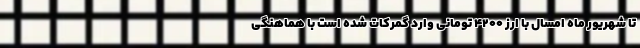
تا شهریور ماه امسال با ارز ۴۲۰۰ تومانی وارد گمرکات شده است با هماهنگی